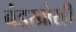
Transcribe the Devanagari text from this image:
बंडखोरही